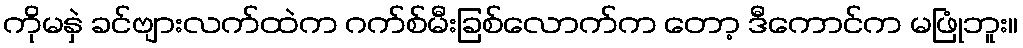
ကိုမနှဲ ခင်ဗျားလက်ထဲက ဂက်စ်မီးခြစ်လောက်က တော့ ဒီကောင်က မဖြုံဘူး။